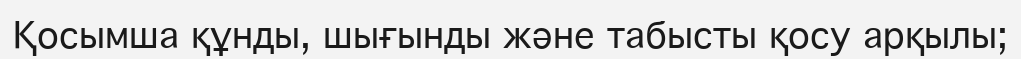
Қосымша құнды, шығынды және табысты қосу арқылы;